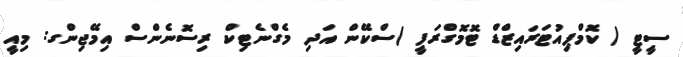
ސީޓީ ( ކޮމްޕިއުޓަރައިޒްޑް ޓޮމޮގްރަފީ )ސްކޭން އަދި މެގްނެޓިކް ރިސޮނެންސް އިމޭޖިންގ: މިއީ